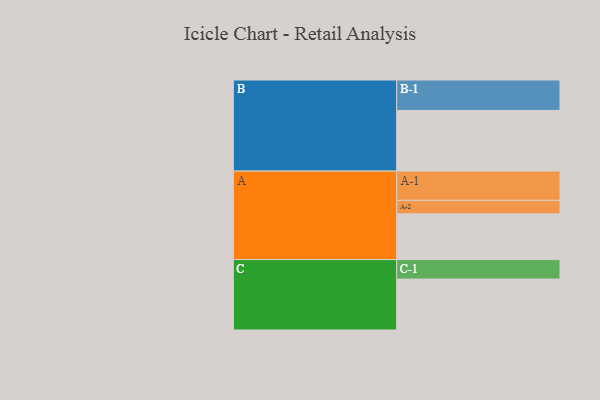
{"axis": {"x": "Segment", "y": "Value"}, "legend": ["", "A", "B", "C"], "data": [{"x": "A", "y": 446, "type": ""}, {"x": "B", "y": 592, "type": ""}, {"x": "C", "y": 497, "type": ""}, {"x": "A-1", "y": 285, "type": "A"}, {"x": "A-2", "y": 132, "type": "A"}, {"x": "B-1", "y": 297, "type": "B"}, {"x": "C-1", "y": 190, "type": "C"}]}